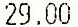
29.00